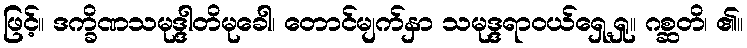
ဖြင့်။ ဒက္ခိဏသမုဒ္ဒါတိမုခေါ၊ တောင်မျက်နှာ သမုဒ္ဒရာဝယ်ရှေ့ရှု။ ဂစ္ဆတိ၊ ၏။